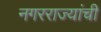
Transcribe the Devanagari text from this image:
नगरराज्यांची